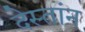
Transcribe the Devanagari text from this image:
देस्तांन